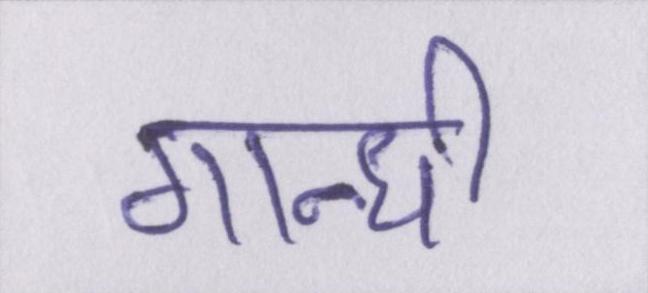
गान्धी